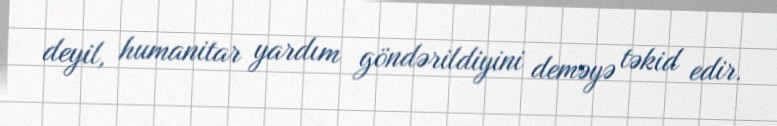
deyil, humanitar yardım göndərildiyini deməyə təkid edir.